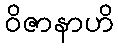
ဝိဇာနာဟိ